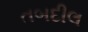
તબદીલ